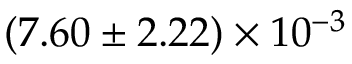
( 7 . 6 0 \pm 2 . 2 2 ) \times 1 0 ^ { - 3 }